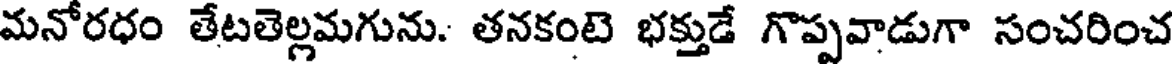
మనోరధం తేటతెల్లమగును. తనకంటె భక్తుడే గొప్పవాడుగా సంచరించ